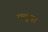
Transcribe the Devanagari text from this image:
फ्लूचा